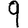
Digit: 9